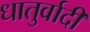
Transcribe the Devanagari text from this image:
धातुर्वादी